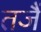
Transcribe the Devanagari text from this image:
तजैं